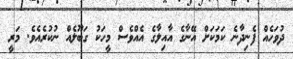
ދުވަހެއް ފެނިދާނެ ކަމަކަށް އޭނާގެ އާއިލާގެ އެއްވެސް މީހަކު ގަބޫލެއް ނުކުރެއެވެ. މަރީ